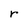
Character: r